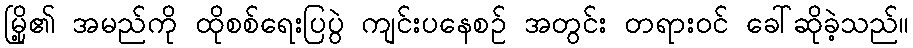
မြို့၏ အမည်ကို ထိုစစ်ရေးပြပွဲ ကျင်းပနေစဉ် အတွင်း တရားဝင် ခေါ်ဆိုခဲ့သည်။